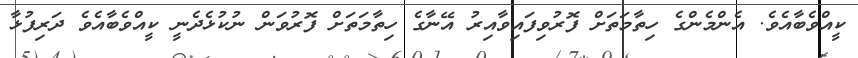
ކީއްވެބާއެވެ. އެންމެންގެ ހިތާމަތަށް ފޮރުވިފައިވާއިރު އޭނާގެ ހިތާމަތަށް ފޮރުވަން ނުކުޅެދެނީ ކީއްވެބާއެވެ ދަރިފުޅާ